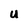
Character: U